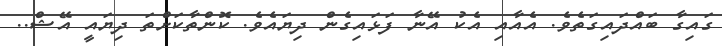
ގައިގާ ބައްދައިގަތެވެ. އެއާއި އެކު އޭނާ ފަޅައިގެން ދިޔައެވެ. ކޮންތާކަށްތަ ދިޔައީ އޭޝް..